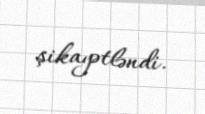
şikayətləndi.